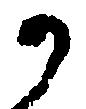
か